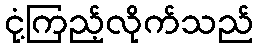
ငုံ့ကြည့်လိုက်သည်